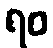
ရဝ